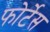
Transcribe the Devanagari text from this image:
फोर्टेस